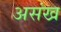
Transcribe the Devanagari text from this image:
असंख